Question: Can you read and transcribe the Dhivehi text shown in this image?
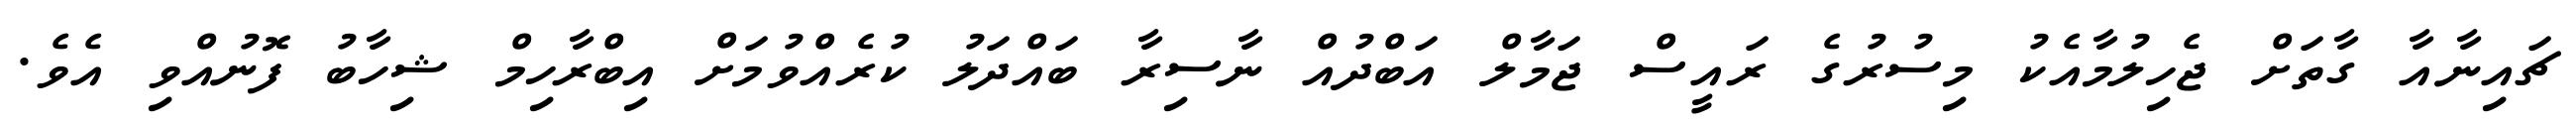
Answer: ޗައިނާއާ ގާތަށް ޖެހިލުމާއެކު މިސުރުގެ ރައީސް ޖަމާލް އަބްދުއް ނާސިރާ ބައްދަލު ކުރެއްވުމަށް އިބްރާހިމް ޝިހާބު ފޮނުއްވި އެވެ.